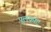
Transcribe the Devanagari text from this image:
पुलकोट